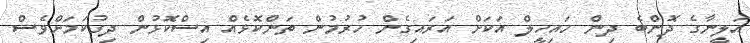
އަލީނާގެ ދޮންބެ ދިން ހައިހީލް އަކަށް އަރައިގެން ހުރުމުން ތަންކޮޅެއް އިސްކޮޅުން ދިގުކަމަށްވެސް